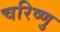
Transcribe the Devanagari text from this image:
चरिष्णु